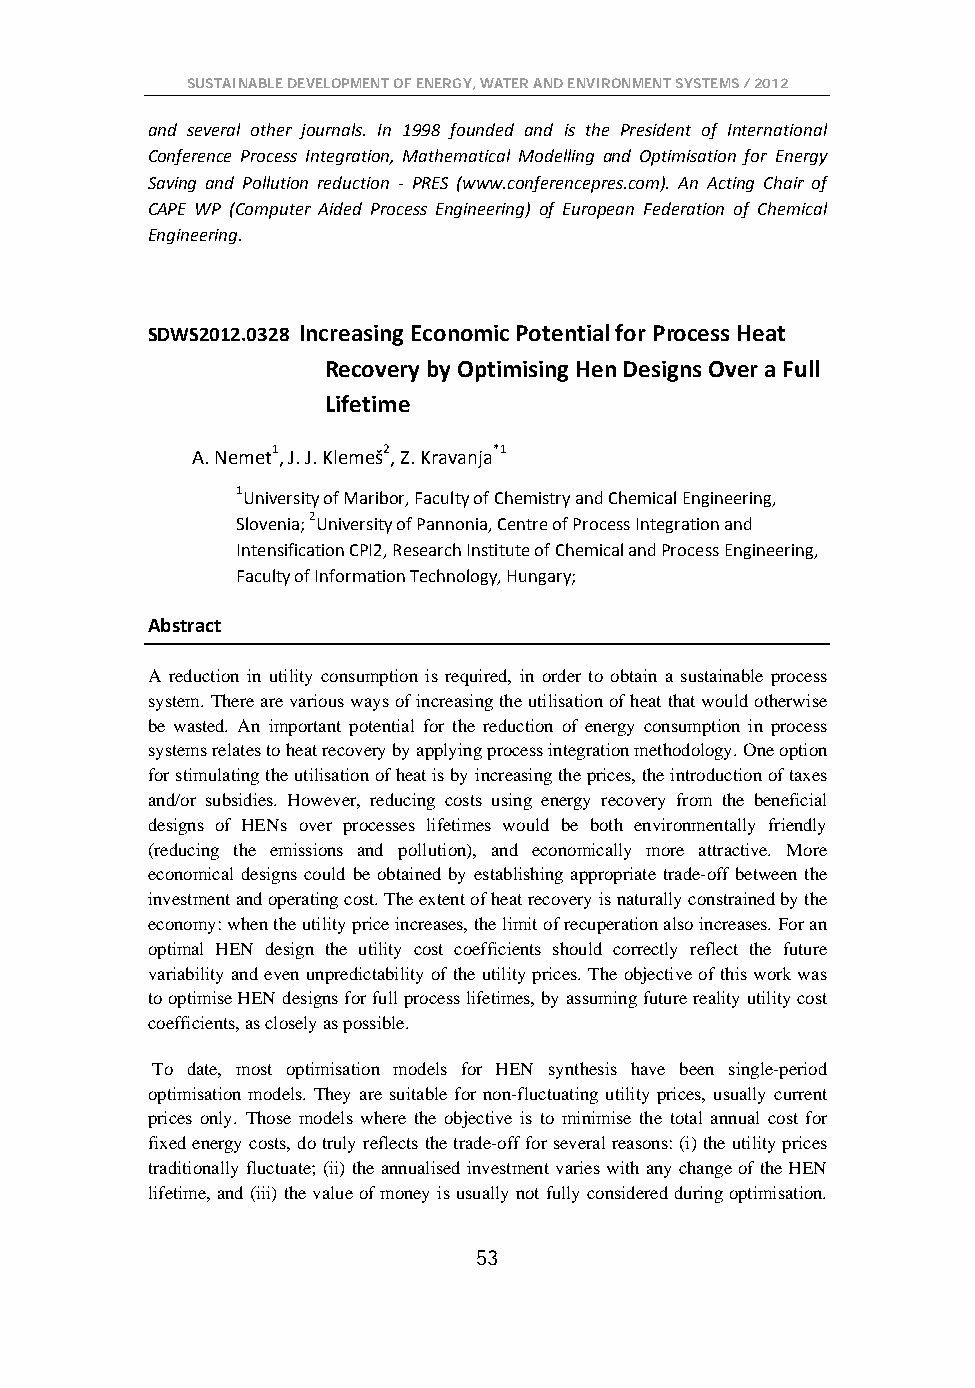
SUSTAINABLE DEVELOPMENT OF ENERGY, WATER AND ENVIRONMENT SYSTEMS / 2012
 and several other journals. In 1998 founded and is the President of International
 Conference Process Integration, Mathematical Modelling and Optimisation for Energy
 Saving and Pollution reduction - PRES (www.conferencepres.com). An Acting Chair of
 CAPE WP (Computer Aided Process Engineering) of European Federation of Chemical
 Engineering.
 SDWS2012.0328 Increasing Economic Potential for Process Heat
 Recovery by Optimising Hen Designs Over a Full
 Lifetime
 A. Nemet1, J. J. Klemeš2, Z. Kravanja*1
 1University of Maribor, Faculty of Chemistry and Chemical Engineering,
 Slovenia; 2University of Pannonia, Centre of Process Integration and
 Intensification CPI2, Research Institute of Chemical and Process Engineering,
 Faculty of Information Technology, Hungary;
 Abstract
 A reduction in utility consumption is required, in order to obtain a sustainable process
 system. There are various ways of increasing the utilisation of heat that would otherwise
 be wasted. An important potential for the reduction of energy consumption in process
 systems relates to heat recovery by applying process integration methodology. One option
 for stimulating the utilisation of heat is by increasing the prices, the introduction of taxes
 and/or subsidies. However, reducing costs using energy recovery from the beneficial
 designs of HENs over processes lifetimes would be both environmentally friendly
 (reducing the emissions and pollution), and economically more attractive. More
 economical designs could be obtained by establishing appropriate trade-off between the
 investment and operating cost. The extent of heat recovery is naturally constrained by the
 economy: when the utility price increases, the limit of recuperation also increases. For an
 optimal HEN design the utility cost coefficients should correctly reflect the future
 variability and even unpredictability of the utility prices. The objective of this work was
 to optimise HEN designs for full process lifetimes, by assuming future reality utility cost
 coefficients, as closely as possible.
 To date, most optimisation models for HEN synthesis have been single-period
 optimisation models. They are suitable for non-fluctuating utility prices, usually current
 prices only. Those models where the objective is to minimise the total annual cost for
 fixed energy costs, do truly reflects the trade-off for several reasons: (i) the utility prices
 traditionally fluctuate; (ii) the annualised investment varies with any change of the HEN
 lifetime, and (iii) the value of money is usually not fully considered during optimisation.
 53